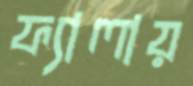
ফ্যালায়